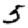
Digit: 5